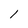
Character: l